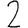
Digit: 2